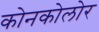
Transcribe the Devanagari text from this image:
कोनकोलोर